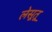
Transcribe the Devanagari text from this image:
लेसूतू